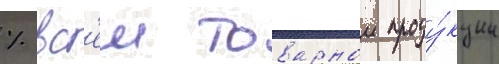
% вс'еи товарнои проду́кции